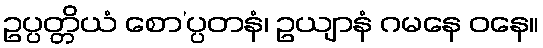
ဥပ္ပတ္တိယံ စော’ပ္ပတနံ၊ ဥယျာနံ ဂမနေ ဝနေ။